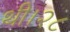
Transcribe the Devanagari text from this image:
थी।२८